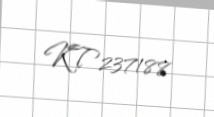
KT237188